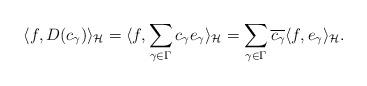
LaTeX: \begin{align*}\langle f, D(c_\gamma) \rangle_\mathcal{H}= \langle f, \sum_{\gamma \in \Gamma} c_\gamma e_\gamma \rangle_\mathcal{H}= \sum_{\gamma \in \Gamma}\overline{c_\gamma} \langle f, e_\gamma\rangle_\mathcal{H}.\end{align*}